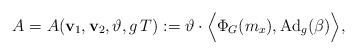
LaTeX: \begin{align*} A = A ( \mathbf{v}_1 , \mathbf{v}_2 , \vartheta , g\,T):= \vartheta \cdot \Big\langle\Phi_G (m_x), \mathrm{Ad}_g( \beta) \Big\rangle ,\end{align*}